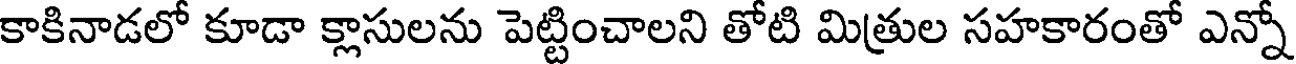
కాకినాడలో కూడా క్లాసులను పెట్టించాలని తోటి మిత్రుల సహకారంతో ఎన్నో